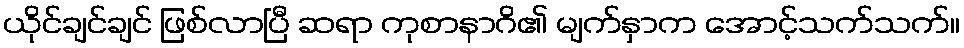
ယိုင်ချင်ချင် ဖြစ်လာပြီ ဆရာ ကုစာနာဂိ၏ မျက်နှာက အောင့်သက်သက်။